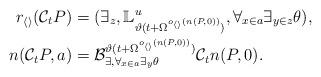
LaTeX: \begin{align*} r_{\langle\rangle}(\mathcal C_tP)&=(\exists_z,\mathbb L_{\vartheta(t+\Omega^{o_{\langle\rangle}(n(P,0))})}^u,\forall_{x\in a}\exists_{y\in z}\theta),\\ n(\mathcal C_tP,a)&=\mathcal B_{\exists,\forall_{x\in a}\exists_y\theta}^{\vartheta(t+\Omega^{o_{\langle\rangle}(n(P,0))})}\mathcal C_tn(P,0).\end{align*}